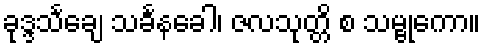
ခုဒ္ဒသင်္ချေ သင်္ခနခေါ၊ ဇလသုတ္တိ စ သမ္ဗုကော။